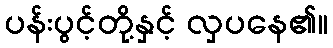
ပန်းပွင့်တို့နှင့် လှပနေ၏။